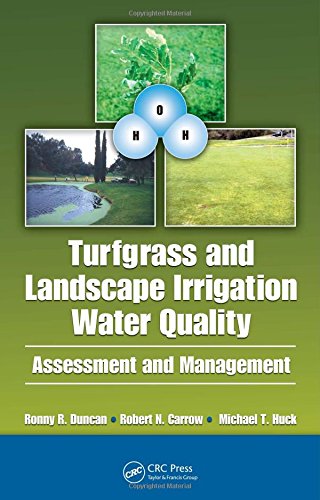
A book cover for Turfgrass and Landscape Irrigation Water Quality: Assessment and Management; Robert N. Carrow; Science & Math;